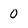
Character: 0